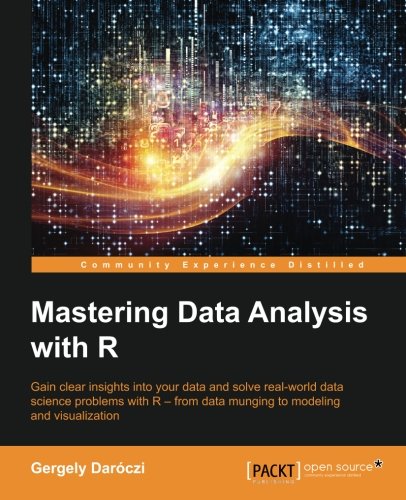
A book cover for Mastering Data Analysis with R; Gergely Daroczi; Computers & Technology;